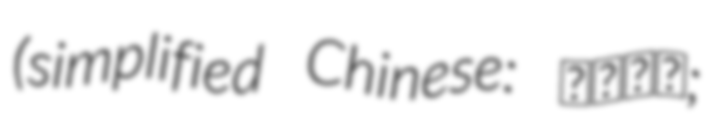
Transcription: (simplified Chinese: 车站街道;